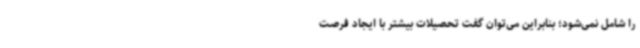
را شامل نمی‌شود؛ بنابراین می‌توان گفت تحصیلات بیشتر با ایجاد فرصت